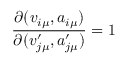
\frac { \partial ( v _ { i \mu } , a _ { i \mu } ) } { \partial ( v _ { j \mu } ^ { \prime } , a _ { j \mu } ^ { \prime } ) } = 1